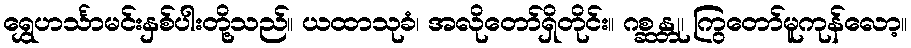
ရွှေဟင်္သာမင်းနှစ်ပါးတို့သည်။ ယထာသုခံ၊ အလိုတော်ရှိတိုင်း။ ဂစ္ဆန္တု၊ ကြွတော်မူကုန်လော့။